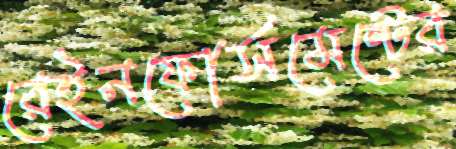
রেইনফোর্সমেন্টের